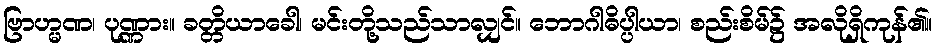
ဗြာဟ္မဏ၊ ပုဏ္ဏား။ ခတ္တိယာခေါ၊ မင်းတို့သည်သာလျှင်။ ဘောဂါဓိပ္ပါယာ၊ စည်းစိမ်၌ အလိုရှိကုန်၏။